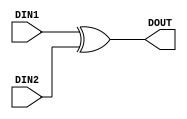
`timescale 1ns / 1ps
//////////////////////////////////////////////////////////////////////////////////
// Company: 
// Engineer: 
// 
// Design Name: 
// Module Name:    MOD_ADD 
// Project Name: 
// Target Devices: 
// Tool versions: 
// Description: 
//
// Dependencies: 
//
// Revision: 
// Revision 0.01 - File Created
// Additional Comments: 
//
//////////////////////////////////////////////////////////////////////////////////
module ARS_MOD_ADD(
				DIN1, 
				DIN2,
				DOUT
				);

input [232 : 0] DIN1;
input [232 : 0] DIN2;
output [232 : 0] DOUT;
assign   DOUT = DIN1 ^ DIN2;
endmodule